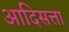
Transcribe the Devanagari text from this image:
आदिसत्ता